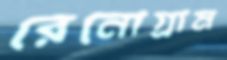
রেনোগ্রাম